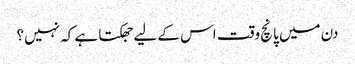
دن میں پانچ وقت اس کے لیے جھکتا ہے کہ نہیں؟